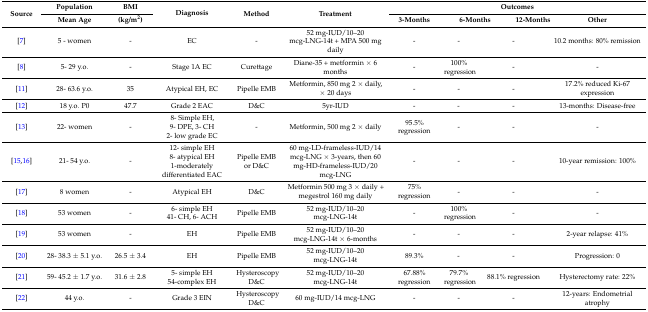
<table><thead><tr><td rowspan="2"><b>Source</b></td><td><b>Population</b></td><td><b>BMI</b></td><td rowspan="2"><b>Diagnosis</b></td><td rowspan="2"><b>Method</b></td><td rowspan="2"><b>Treatment</b></td><td colspan="5"><b>Outcomes</b></td></tr><tr><td><b>Mean Age</b></td><td><b>(kg/m<sup>2</sup>)</b></td><td><b>3-Months</b></td><td colspan="2"><b>6-Months</b></td><td><b>12-Months</b></td><td><b>Other</b></td></tr></thead><tbody><tr><td>[7]</td><td>5 - women</td><td>-</td><td>EC</td><td>-</td><td>52 mg-IUD/10–20 mcg-LNG-14t + MPA 500 mg daily</td><td>-</td><td>-</td><td colspan="2">-</td><td>10.2 months: 80% remission</td></tr><tr><td>[8]</td><td>5- 29 y.o.</td><td>-</td><td>Stage 1A EC</td><td>Curettage</td><td>Diane-35 + metformin × 6 months</td><td>-</td><td>100% regression</td><td colspan="2">-</td><td>-</td></tr><tr><td>[11]</td><td>28- 63.6 y.o.</td><td>35</td><td>Atypical EH, EC</td><td>Pipelle EMB</td><td>Metformin, 850 mg 2 × daily, × 20 days</td><td>-</td><td>-</td><td colspan="2">-</td><td>17.2% reduced Ki-67 expression</td></tr><tr><td>[12]</td><td>18 y.o. P0</td><td>47.7</td><td>Grade 2 EAC</td><td>D&amp;C</td><td>5yr-IUD</td><td>-</td><td>-</td><td colspan="2">-</td><td>13-months: Disease-free</td></tr><tr><td>[13]</td><td>22- women</td><td>-</td><td>8- Simple EH,9- DPE, 3- CH2- low grade EC</td><td>-</td><td>Metformin, 500 mg 2 × daily</td><td>95.5% regression</td><td>-</td><td colspan="2">-</td><td>-</td></tr><tr><td>[15,16]</td><td>21- 54 y.o.</td><td>-</td><td>12- simple EH8- atypical EH1-moderately differentiated EAC</td><td>Pipelle EMB or D&amp;C</td><td>60 mg-LD-frameless-IUD/14 mcg-LNG × 3-years, then 60 mg-HD-frameless-IUD/20 mcg-LNG</td><td>-</td><td>-</td><td colspan="2">-</td><td>10-year remission: 100%</td></tr><tr><td>[17]</td><td>8 women</td><td>-</td><td>Atypical EH</td><td>D&amp;C</td><td>Metformin 500 mg 3 × daily + megestrol 160 mg daily</td><td>75% regression</td><td>-</td><td colspan="2">-</td><td>-</td></tr><tr><td>[18] </td><td>53 women </td><td>-</td><td>6- simple EH41- CH, 6- ACH</td><td>Pipelle EMB</td><td>52 mg-IUD/10–20 mcg-LNG-14t</td><td>-</td><td>100% regression</td><td colspan="2">-</td><td>-</td></tr><tr><td>[19]</td><td>53 women</td><td>-</td><td>EH</td><td>Pipelle EMB</td><td>52 mg-IUD/10–20 mcg-LNG-14t × 6-months</td><td>-</td><td>-</td><td colspan="2">-</td><td>2-year relapse: 41%</td></tr><tr><td>[20]</td><td>28- 38.3 ± 5.1 y.o.</td><td>26.5 ± 3.4</td><td>EH</td><td>Pipelle EMB</td><td>52 mg-IUD/10–20 mcg-LNG-14t</td><td>89.3%</td><td>-</td><td colspan="2">-</td><td>Progression: 0</td></tr><tr><td>[21]</td><td>59- 45.2 ± 1.7 y.o.</td><td>31.6 ± 2.8</td><td>5- simple EH54-complex EH</td><td>Hysteroscopy D&amp;C</td><td>52 mg-IUD/10–20 mcg-LNG-14t</td><td>67.88% regression</td><td>79.7% regression</td><td colspan="2">88.1% regression</td><td>Hysterectomy rate: 22%</td></tr><tr><td>[22]</td><td>44 y.o.</td><td>-</td><td>Grade 3 EIN</td><td>Hysteroscopy D&amp;C</td><td>60 mg-IUD/14 mcg-LNG</td><td>-</td><td>-</td><td colspan="2">-</td><td>12-years: Endometrial atrophy</td></tr></tbody></table>